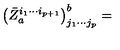
\left( \bar { Z } _ { a } ^ { i _ { 1 } \cdots i _ { p + 1 } } \right) _ { j _ { 1 } \cdots j _ { p } } ^ { b } =